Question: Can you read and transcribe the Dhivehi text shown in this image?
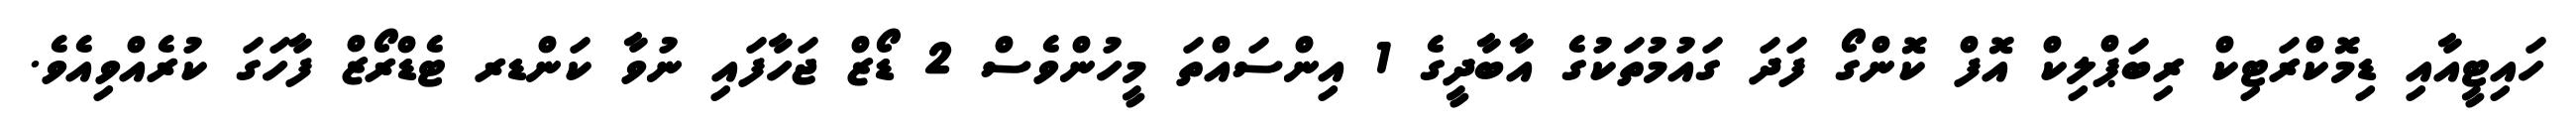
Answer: ހައިޓީއާއި ޑިމޮކްރަޓިކް ރިބަޕްލިކް އޮފް ކޮންގޯ ފަދަ ގައުމުތަކުގެ އާބާދީގެ 1 އިންސައްތަ މީހުންވެސް 2 ޑޯޒް ޖަހާފައި ނުވާ ކަންޑރ ޓެޑްރޯޒް ފާހަގަ ކުރެއްވިއެވެ.